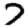
Digit: 7